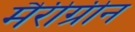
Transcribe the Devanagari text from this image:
मैरीग्रीन